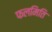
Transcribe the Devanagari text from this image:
फलमिति